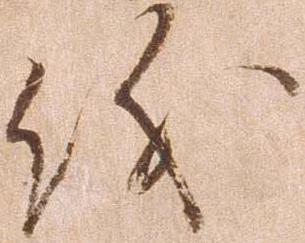
儀